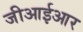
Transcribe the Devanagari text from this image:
जीआईआर